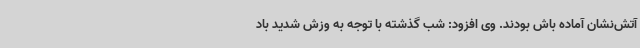
آتش‌نشان آماده باش بودند. وی افزود: شب گذشته با توجه به وزش شدید باد